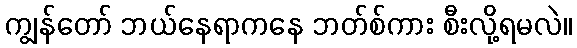
ကျွန်တော် ဘယ်နေရာကနေ ဘတ်စ်ကား စီးလို့ရမလဲ။